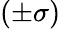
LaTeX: (\pm\sigma)